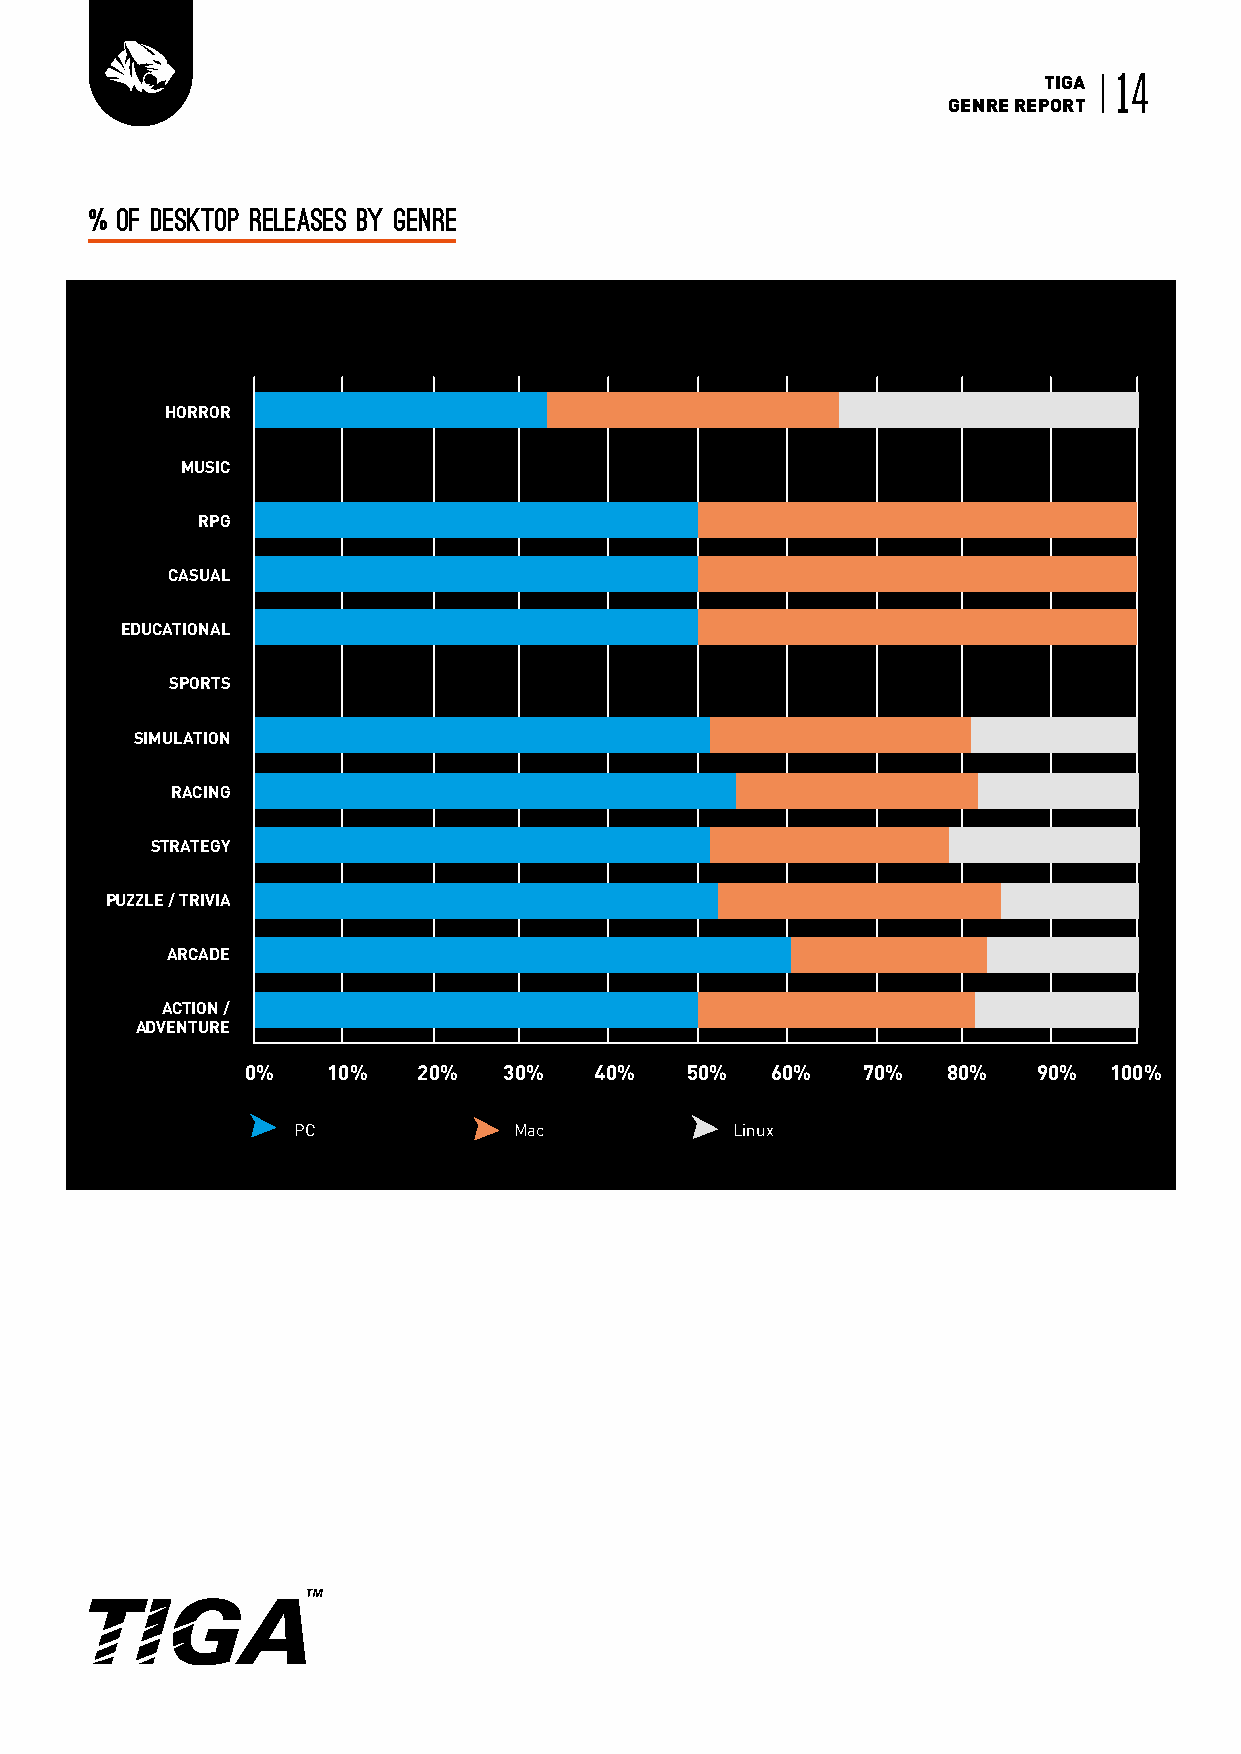
TIGA 14
 GENRE REPORT
 % of desktop releases by genre
 HORROR
 MUSIC
 RPG
 CASUAL
 EDUCATIONAL
 SPORTS
 SIMULATION
 RACING
 STRATEGY
 PUZZLE / TRIVIA
 ARCADE
 ACTION /
 ADVENTURE
 0%    10%   20%  30%   40%   50%   60%   70%   80%   90% 100%
 PC             Mac            Linux